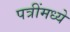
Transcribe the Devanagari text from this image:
पत्रींमध्ये